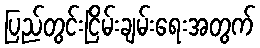
ပြည်တွင်းငြိမ်းချမ်းရေးအတွက်